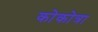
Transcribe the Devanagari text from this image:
कोकोत्रा